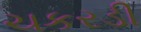
ચકરડી